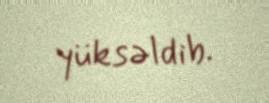
yüksəldib.